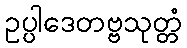
ဥပ္ပါဒေတဗ္ဗသုတ္တံ